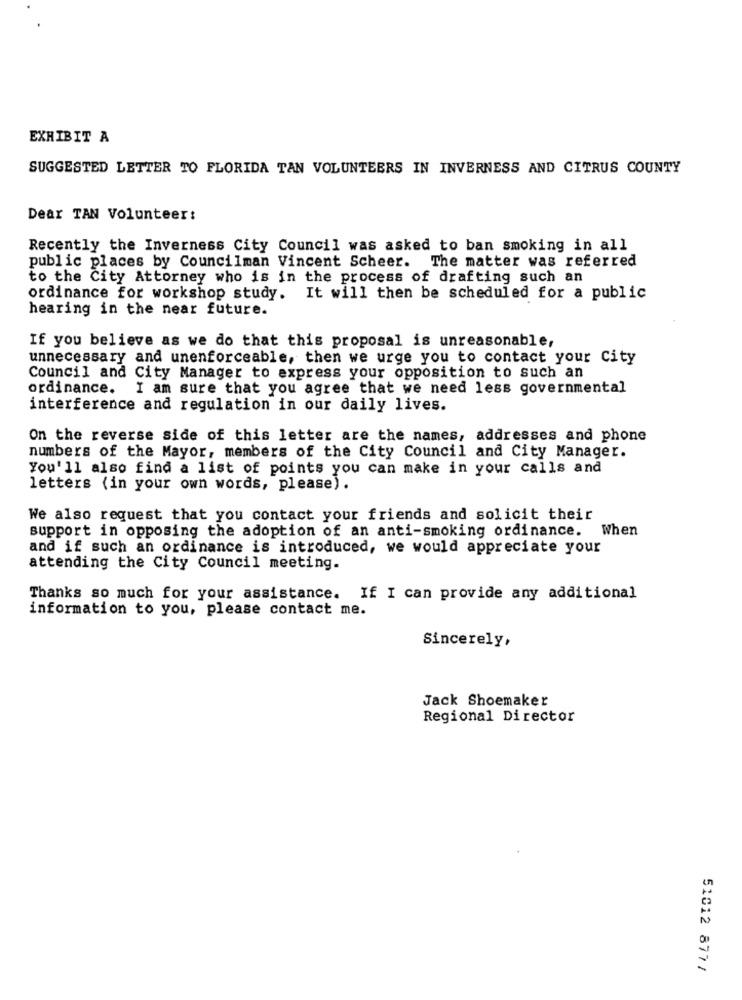
EXHIBIT A
SUGGESTED LETTER TO FLORIDA TAN VOLUNTEERS IN INVERNESS AND CITRUS COUNTY
Dear TAN Volunteer:
Recently the Inverness City Council was asked to ban smoking in all
public places by Councilman Vincent Scheer. The matter was referred
to the City Attorney who is in the process of drafting such an
ordinance for workshop study. It will then be scheduled for a public
hearing in the near future.
If you believe as we do that this proposal is unreasonable,
unnecessary and unenforceable, then we urge you to contact your City
Council and City Manager to express your opposition to such an
ordinance.
I am sure that you agree that we need less governmental
interference and regulation in our daily lives.
On the reverse side of this letter are the names, addresses and phone
numbers of the Mayor, members of the City Council and City Manager.
You'll also find a list of points you can make in your calls and
letters (in your own words, please).
We also request that you contact your friends and solicit their
support in opposing the adoption of an anti-smoking ordinance. When
and if such an ordinance is introduced, we would appreciate your
attending the City Council meeting.
Thanks so much for your assistance. If I can provide any additional
information to you, please contact me.
Sincerely,
Jack Shoemaker
Regional Director
51012 877/